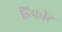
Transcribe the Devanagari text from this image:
डिफीट